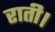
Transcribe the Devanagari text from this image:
राती।